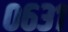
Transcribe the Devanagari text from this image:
०६३१